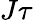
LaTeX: J\tau